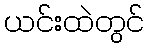
ယင်းထဲတွင်